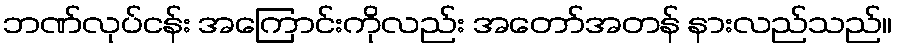
ဘဏ်လုပ်ငန်း အကြောင်းကိုလည်း အတော်အတန် နားလည်သည်။